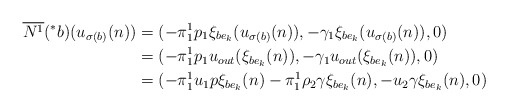
\begin{align*}\overline{N^{1}}(^{\ast}b)(u_{\sigma(b)}(n))&=(-\pi_{1}^{1}p_{1}\xi_{be_{k}}(u_{\sigma(b)}(n)),-\gamma_{1}\xi_{be_{k}}(u_{\sigma(b)}(n)),0) \\&=(-\pi_{1}^{1}p_{1}u_{out}(\xi_{be_{k}}(n)),-\gamma_{1}u_{out}(\xi_{be_{k}}(n)),0) \\&=(-\pi_{1}^{1}u_{1}p\xi_{be_{k}}(n)-\pi_{1}^{1}\rho_{2}\gamma\xi_{be_{k}}(n),-u_{2}\gamma\xi_{be_{k}}(n),0) \end{align*}